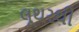
લૂથરથી